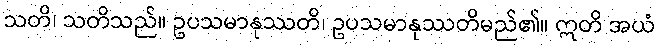
သတိ၊ သတိသည်။ ဥပသမာနုဿတိ၊ ဥပသမာနုဿတိမည်၏။ ဣတိ အယံ